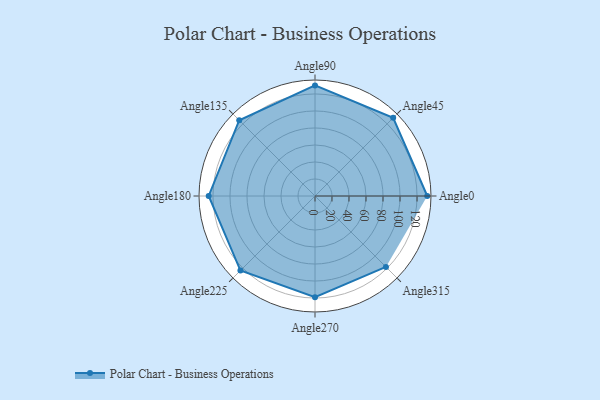
{"axis": {"x": "Angle", "y": "Radius"}, "legend": [""], "data": [{"x": "Angle0", "y": 132.0, "type": ""}, {"x": "Angle45", "y": 130.0, "type": ""}, {"x": "Angle90", "y": 130.0, "type": ""}, {"x": "Angle135", "y": 126.0, "type": ""}, {"x": "Angle180", "y": 125.0, "type": ""}, {"x": "Angle225", "y": 124.0, "type": ""}, {"x": "Angle270", "y": 119.0, "type": ""}, {"x": "Angle315", "y": 118.0, "type": ""}]}